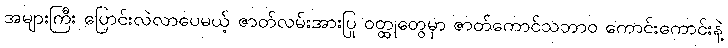
အများကြီး ပြောင်းလဲလာပေမယ့် ဇာတ်လမ်းအားပြု ဝတ္ထုတွေမှာ ဇာတ်ကောင်သဘာဝ ကောင်းကောင်းနဲ့